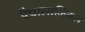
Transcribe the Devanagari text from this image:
पैथालाजिकल